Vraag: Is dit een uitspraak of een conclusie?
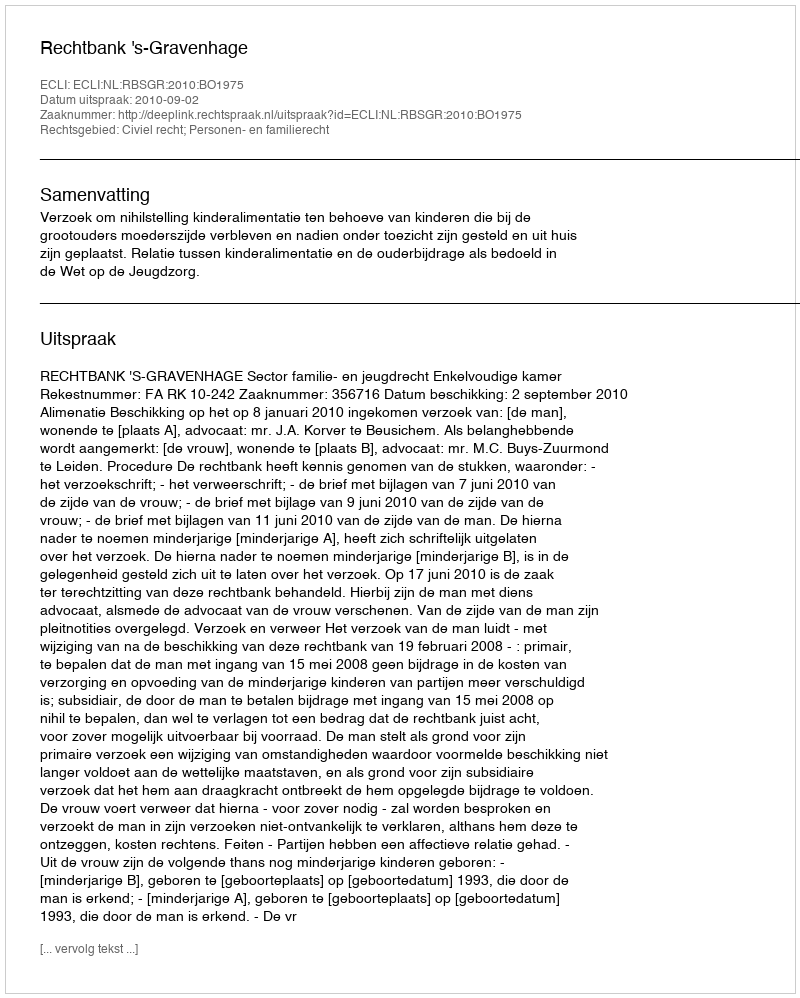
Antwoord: Uitspraak